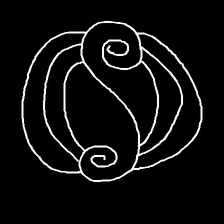
Glyph: wind-underfoot